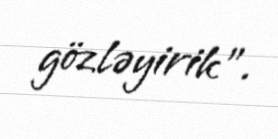
gözləyirik".